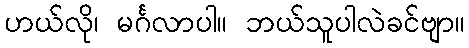
ဟယ်လို၊ မင်္ဂလာပါ။ ဘယ်သူပါလဲခင်ဗျာ။